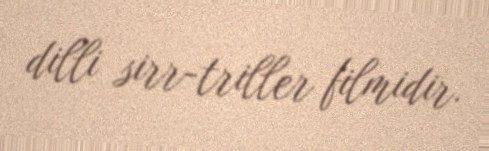
dilli sirr-triller filmidir.